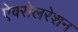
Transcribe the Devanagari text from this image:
ऐक्सेलरेशन